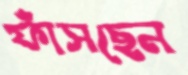
ফাঁসছেন